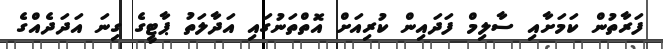
ފަރާތުން ކަމަށާއި ސާލިމް ފަދައިން ކުރިއަށް އޮތްތަނުގައި އަދާލަތު ޕާޓީގެ ގިނަ އަދަދެއްގެ